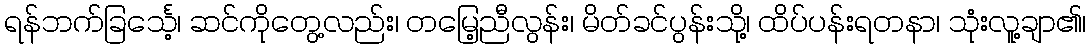
ရန်ဘက်ခြင်္သေ့၊ ဆင်ကိုတွေ့လည်း၊ တမြေ့ညီလွန်း၊ မိတ်ခင်ပွန်းသို့၊ ထိပ်ပန်းရတနာ၊ သုံးလူ့ချာ၏၊